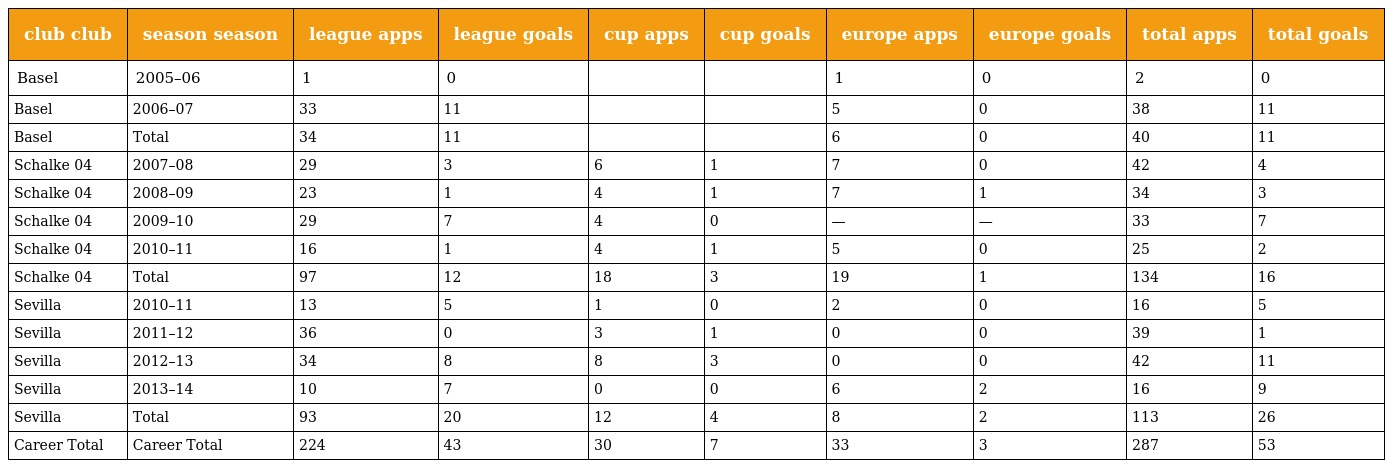
| club club | season season | league apps | league goals | cup apps | cup goals | europe apps | europe goals | total apps | total goals |
 | --- | --- | --- | --- | --- | --- | --- | --- | --- | --- |
 | Basel | 2005–06 | 1 | 0 |  |  | 1 | 0 | 2 | 0 |
 | Basel | 2006–07 | 33 | 11 |  |  | 5 | 0 | 38 | 11 |
 | Basel | Total | 34 | 11 |  |  | 6 | 0 | 40 | 11 |
 | Schalke 04 | 2007–08 | 29 | 3 | 6 | 1 | 7 | 0 | 42 | 4 |
 | Schalke 04 | 2008–09 | 23 | 1 | 4 | 1 | 7 | 1 | 34 | 3 |
 | Schalke 04 | 2009–10 | 29 | 7 | 4 | 0 | — | — | 33 | 7 |
 | Schalke 04 | 2010–11 | 16 | 1 | 4 | 1 | 5 | 0 | 25 | 2 |
 | Schalke 04 | Total | 97 | 12 | 18 | 3 | 19 | 1 | 134 | 16 |
 | Sevilla | 2010–11 | 13 | 5 | 1 | 0 | 2 | 0 | 16 | 5 |
 | Sevilla | 2011–12 | 36 | 0 | 3 | 1 | 0 | 0 | 39 | 1 |
 | Sevilla | 2012–13 | 34 | 8 | 8 | 3 | 0 | 0 | 42 | 11 |
 | Sevilla | 2013–14 | 10 | 7 | 0 | 0 | 6 | 2 | 16 | 9 |
 | Sevilla | Total | 93 | 20 | 12 | 4 | 8 | 2 | 113 | 26 |
 | Career Total | Career Total | 224 | 43 | 30 | 7 | 33 | 3 | 287 | 53 |